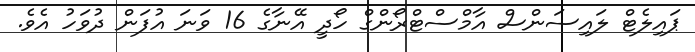
ޕައިލެޓް ލައިސަންސް އާމްސްޓްރޯންގް ހޯދީ އޭނާގެ 16 ވަނަ އުފަން ދުވަހު އެވެ.